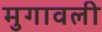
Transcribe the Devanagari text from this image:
मुगावली